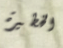
الخطيرة